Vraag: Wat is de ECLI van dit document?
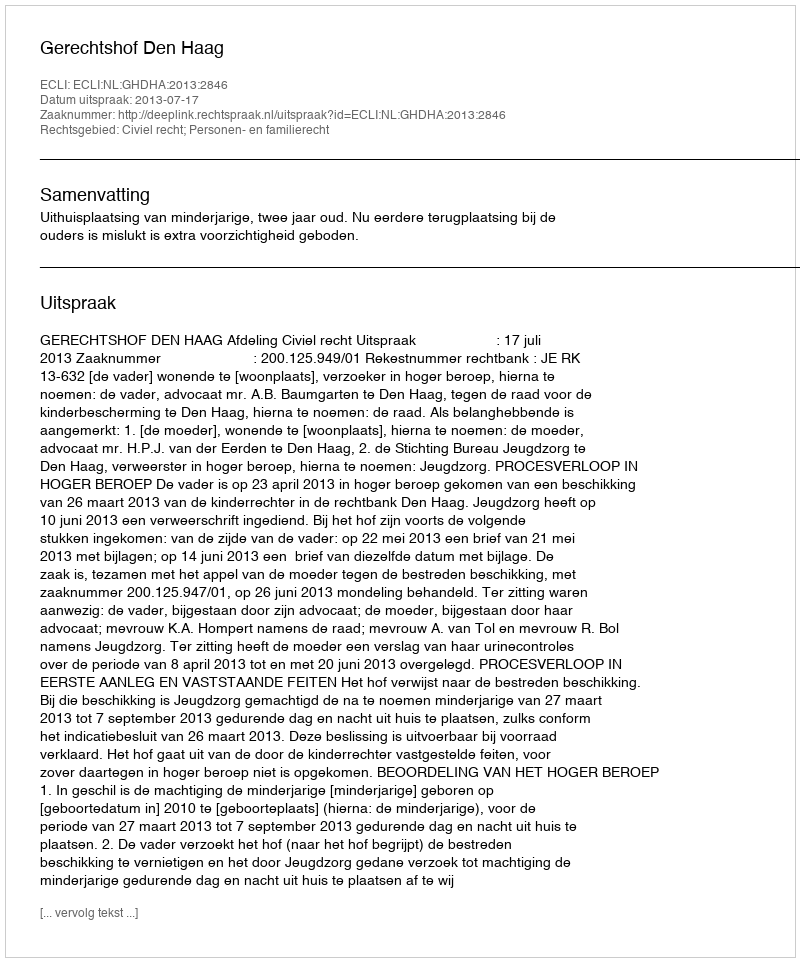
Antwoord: ECLI:NL:GHDHA:2013:2846